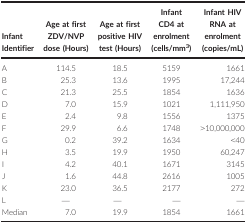
| Infant Identifier | Age at first ZDV/NVP dose (Hours) | Age at first positive HIV test (Hours) | Infant CD4 at enrolment (cells/mm3) | Infant HIV RNA at enrolment (copies/mL) |
 | --- | --- | --- | --- | --- |
 | A | 114.5 | 18.5 | 5159 | 1661 |
 | B | 25.3 | 13.6 | 1995 | 17,244 |
 | C | 21.3 | 25.5 | 1854 | 1636 |
 | D | 7.0 | 15.9 | 1021 | 1,111,950 |
 | E | 2.4 | 9.8 | 1556 | 1375 |
 | F | 29.9 | 6.6 | 1748 | >10,000,000 |
 | G | 0.2 | 39.2 | 1634 | <40 |
 | H | 3.5 | 19.9 | 1950 | 60,247 |
 | I | 4.2 | 40.1 | 1671 | 3145 |
 | J | 1.6 | 44.8 | 2616 | 1005 |
 | K | 23.0 | 36.5 | 2177 | 272 |
 | L | — | — | — | — |
 | Median | 7.0 | 19.9 | 1854 | 1661 |